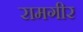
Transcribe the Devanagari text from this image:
रामगीर